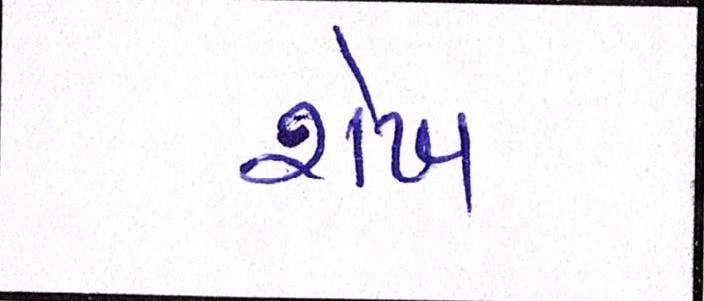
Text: શેખ